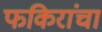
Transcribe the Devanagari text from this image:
फकिरांचा